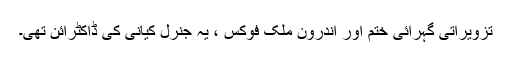
تزویراتی گہرائی ختم اور اندرون ملک فوکس ، یہ جنرل کیانی کی ڈاکٹرائن تھی۔